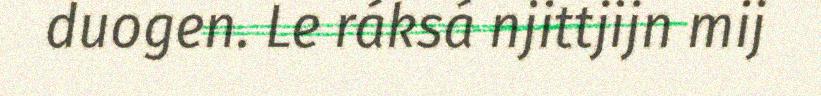
duogen. Le ráksá njittjijn mij